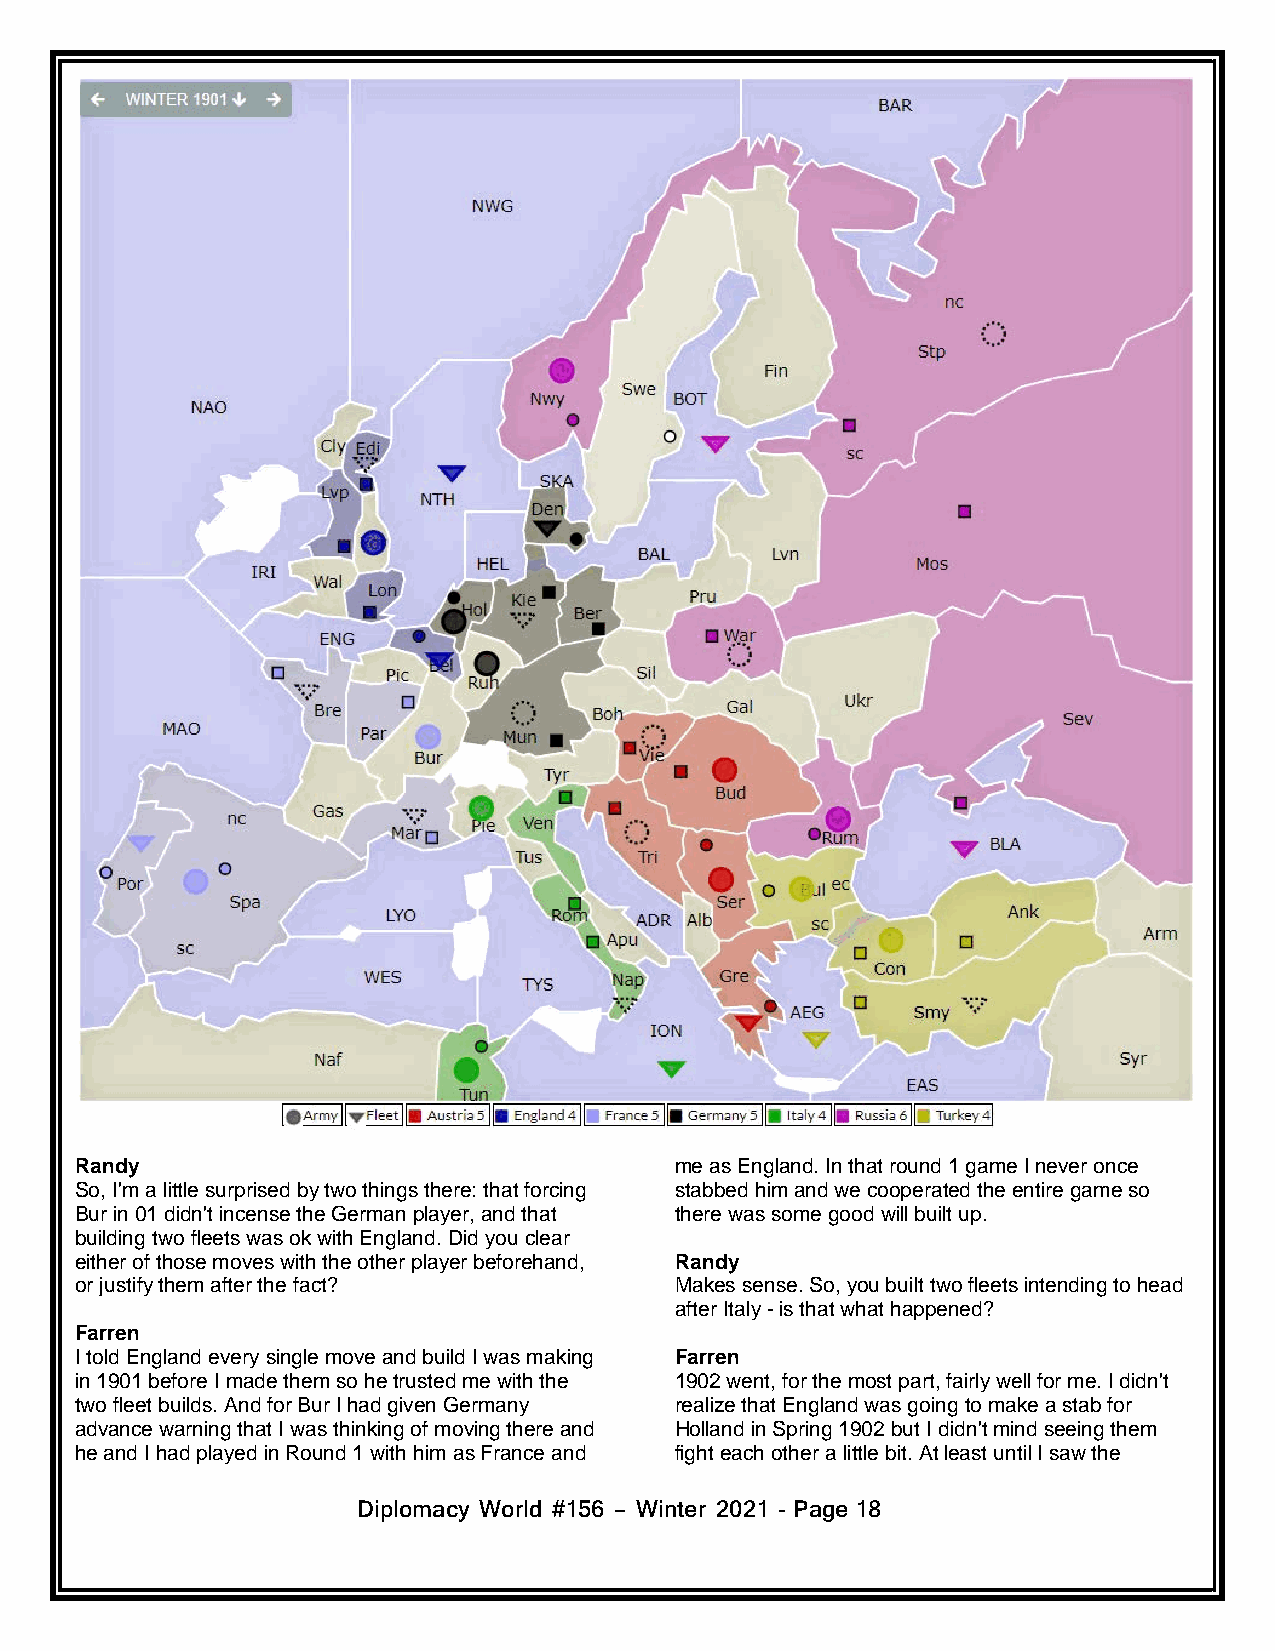
Randy                                   me as England. In that round 1 game I never once
 So, I'm a little surprised by two things there: that forcing stabbed him and we cooperated the entire game so
 Bur in 01 didn't incense the German player, and that there was some good will built up.
 building two fleets was ok with England. Did you clear
 either of those moves with the other player beforehand, Randy
 or justify them after the fact?         Makes sense. So, you built two fleets intending to head
 after Italy - is that what happened?
 Farren
 I told England every single move and build I was making Farren
 in 1901 before I made them so he trusted me with the 1902 went, for the most part, fairly well for me. I didn't
 two fleet builds. And for Bur I had given Germany realize that England was going to make a stab for
 advance warning that I was thinking of moving there and Holland in Spring 1902 but I didn't mind seeing them
 he and I had played in Round 1 with him as France and fight each other a little bit. At least until I saw the
 Diplomacy World #156 – Winter 2021 - Page18